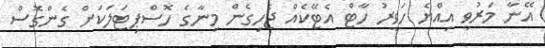
އޭނާ މަރުވީ އިއްޔެ ހަވީރު ހާޓް އެޓޭކެއް ޖެހިގެން މިނާގެ ހޮސްޕިޓަލަކަށް ގެންގޮސް